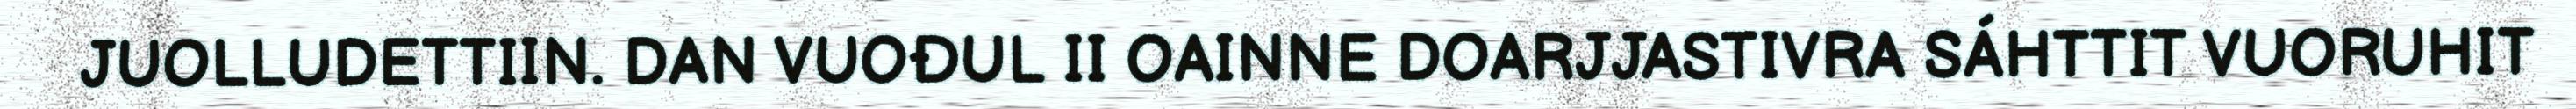
JUOLLUDETTIIN. DAN VUOĐUL II OAINNE DOARJJASTIVRA SÁHTTIT VUORUHIT